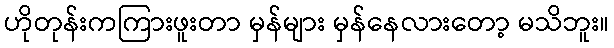
ဟိုတုန်းကကြားဖူးတာ မှန်များ မှန်နေလားတော့ မသိဘူး။